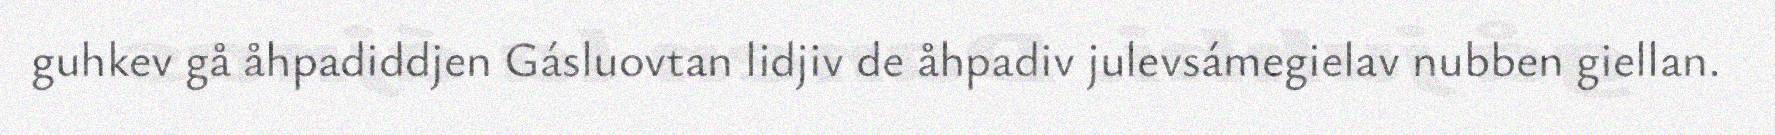
guhkev gå åhpadiddjen Gásluovtan lidjiv de åhpadiv julevsámegielav nubben giellan.